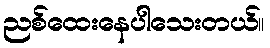
ညစ်ထေးနေပါသေးတယ်။